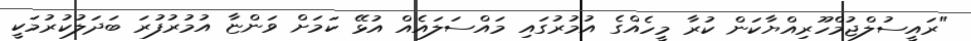
"ރައީސުލްޖުމްހޫރިއްޔާކަން ކުރާ މީހެއްގެ އުމުރުގައި މައްސަލައެއް އުޅޭ ކަމަށް ވަންޏާ އުމުރުފުރަ ބަދަލުކުރުމަކީ